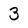
Character: 3